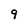
Character: 9